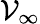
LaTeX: \mathcal{V}_{\infty}